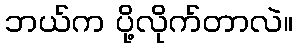
ဘယ်က ပို့လိုက်တာလဲ။